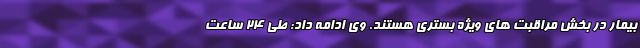
بیمار در بخش مراقبت های ویژه بستری هستند. وی ادامه داد: طی ۲۴ ساعت